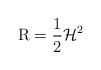
LaTeX: \begin{align*}\operatorname{R}=\frac{1}{2}\mathcal{H}^2\end{align*}